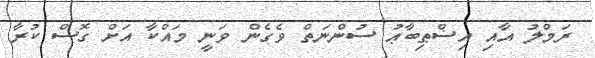
ރަމްލު އާއި އިޟްޠިބާޢު ސުންނަތް ވެގެން ވަނީ މައްކާ އަށް ގޮސް ކުރާ